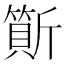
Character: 𣃇